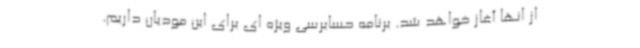
از انها آغاز خواهد شد. برنامه حسابرسی ویژه ای برای این مودیان داریم.